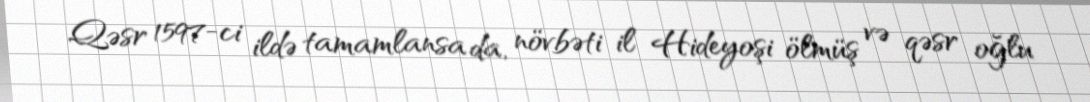
Qəsr 1597-ci ildə tamamlansa da, növbəti il Hideyoşi ölmüş və qəsr oğlu